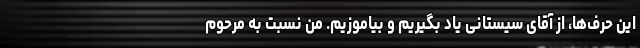
این حرف‌ها، از آقای سیستانی یاد بگیریم و بیاموزیم. من نسبت به مرحوم